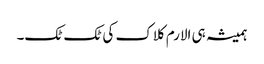
ہمیشہ ہی الارم کلاک کی ٹک ٹک۔